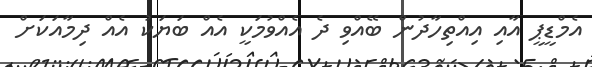
އެމްޑީޕީ އާއި އިއްތިހާދުން ބޭއްވި ދެ އެއްވުމަކީ އެއް ބަޔަކު އެއް ދިމާއަކަށް